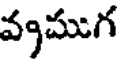
వ్యముగ